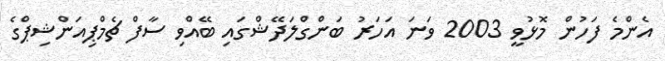
އެންމެ ފަހުން މޮޅުވީ 2003 ވަނަ އަހަރު ބަންގްލަދޭޝްގައި ބޭއްވި ސާފް ޗެމްޕިއަންޝިޕްގެ